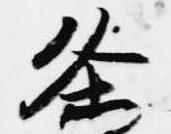
条